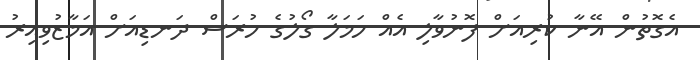
އެގޮތުން އޭނާ ކުރިއަށް ފޮނުވާލި އެއް ހަމަލާ ގޯލުގެ ހުރަސް ދަނޑިއަށް އަމާޒުވިއިރު